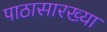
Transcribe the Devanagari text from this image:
पाठासारख्या